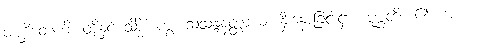
ပဏ္ဍိတေဟိ၊ တို့နှင့် သိဒ္ဓိံ၊ ကွ။ သံသန္ဒနတ္ထာယ၊ နှီးနှောခြင်းငှာ။ ပုစ္ဆတိ၊ ၏။ အယံ၊